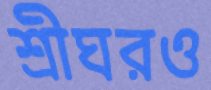
শ্রীঘরও